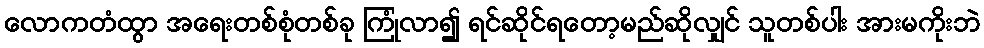
လောကတံထွာ အရေးတစ်စုံတစ်ခု ကြုံလာ၍ ရင်ဆိုင်ရတော့မည်ဆိုလျှင် သူတစ်ပါး အားမကိုးဘဲ